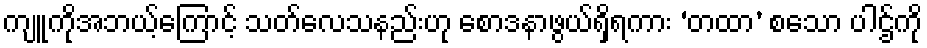
ကျူကိုအဘယ့်ကြောင့် သတ်လေသနည်းဟု စောဒနာဖွယ်ရှိရကား ‘တထာ’ စသော ပါဌ်ကို